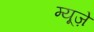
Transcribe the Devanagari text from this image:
म्यूज़े